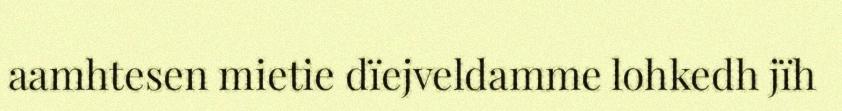
aamhtesen mietie dïejveldamme lohkedh jïh